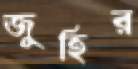
জুহির